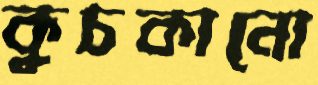
কুচকানো